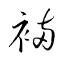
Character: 裲